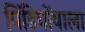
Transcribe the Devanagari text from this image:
पिंडियोंवाला